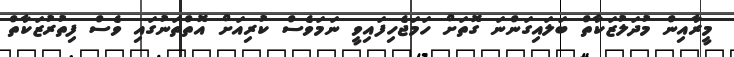
މީރާއިން މުދަލުޒަކާތް ބަލައިގަންނަ ގޮތަށް ހަމަޖެހިފައިވީ ނަމަވެސް ކުރިއަށް އޮތްތަނުގައި ވެސް ފިތުރުޒަކާތް